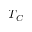
T _ { C }